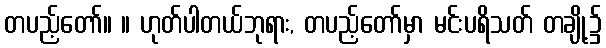
တပည့်တော်။ ။ ဟုတ်ပါတယ်ဘုရား, တပည့်တော်မှာ မင်းပရိသတ် တချို့၌